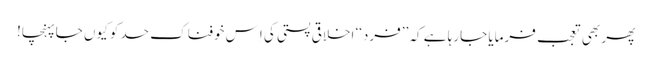
پھر بھی تعجب فرمایا جارہا ہے کہ ’’فرد‘‘ اخلاقی پستی کی اِس خوفناک حد کو کیوں جاپہنچا!